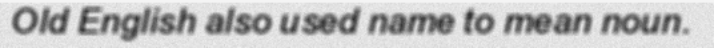
Old English also used name to mean noun.